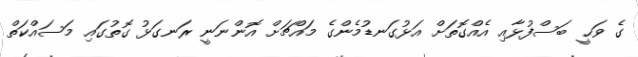
ގެ ވަޙީ ބަސްފުޅާއި އެއްގޮތަށް އަޅުގަނޑުމެންގެ މައްޗަށް އޮންނަނީ ރަނގަޅު ގޮތުގައި މަސައްކަތް